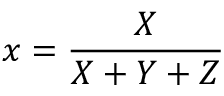
x = { \frac { X } { X + Y + Z } }